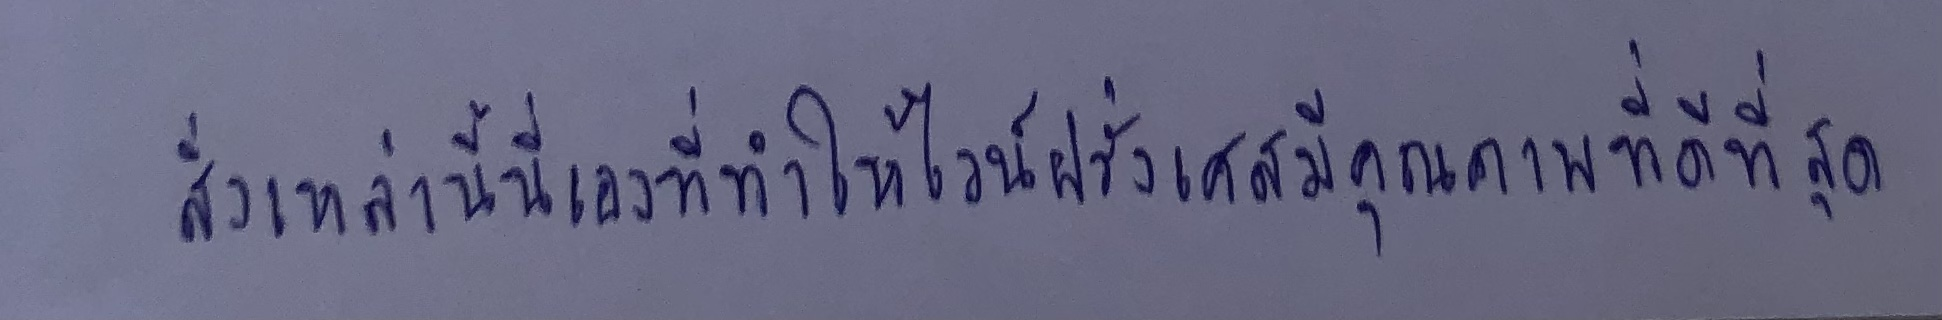
สิ่งเหล่านี้นี่เองที่ทำให้ไวน์ฝรั่งเศสมีคุณภาพที่ดีที่สุด